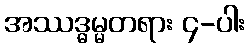
အဿဒ္ဓမ္မတရား ၄-ပါး